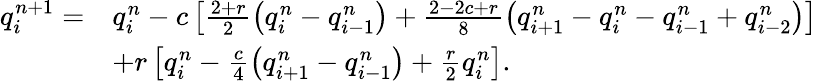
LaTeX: \begin{array}{rl}{q_{i}^{n+1}=}&{q_{i}^{n}-c\left[\frac{2+r}{2}\left(q_{i}^{n}-q_{i-1}^{n}\right)+\frac{2-2c+r}{8}\left(q_{i+1}^{n}-q_{i}^{n}-q_{i-1}^{n}+q_{i-2}^{n}\right)\right]}\\ &{+r\left[q_{i}^{n}-\frac{c}{4}\left(q_{i+1}^{n}-q_{i-1}^{n}\right)+\frac{r}{2}q_{i}^{n}\right].}\end{array}